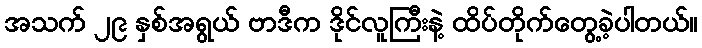
အသက် ၂၉ နှစ်အရွယ် ဗာဒီက ဒိုင်လူကြီးနဲ့ ထိပ်တိုက်တွေ့ခဲ့ပါတယ်။